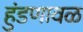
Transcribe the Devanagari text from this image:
हुंडणावळ